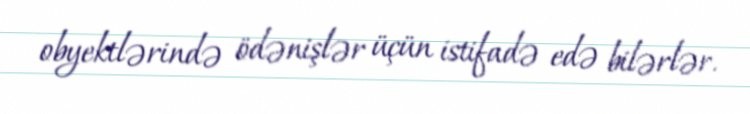
obyektlərində ödənişlər üçün istifadə edə bilərlər.